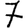
Digit: 7